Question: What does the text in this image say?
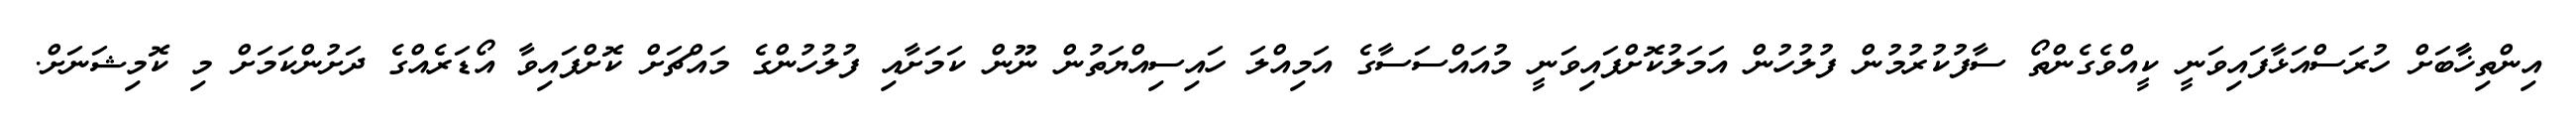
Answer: އިންތިޚާާބަށް ހުރަސްއަޅާފައިވަނީ ކީއްވެގެންތޯ ސާފުކުރުމުން ފުލުހުން އަމަލުކޮށްފައިވަނީ މުއައްސަސާގެ އަމިއްލަ ހައިސިއްޔަތުން ނޫން ކަމަށާއި ފުލުހުންގެ މައްޗަށް ކޮށްފައިވާ އޯޑަރެއްގެ ދަށުންކަމަށް މި ކޮމިޝަނަށް.